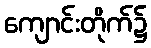
ကျောင်းတိုက်၌